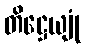
တိဋ္ဌေယျုံ